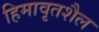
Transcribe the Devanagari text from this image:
हिमावृतशैल